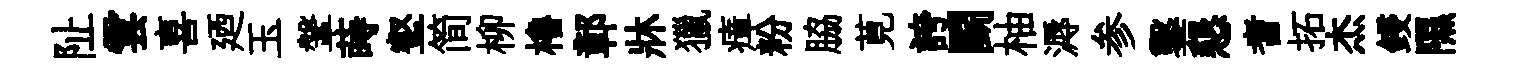
阯雲喜廼玉鞶蒔壑简柳櫓鄣牀獵瘴粉脇莧誇鬬柚溽参鑿懇耆拓杰鋟隰